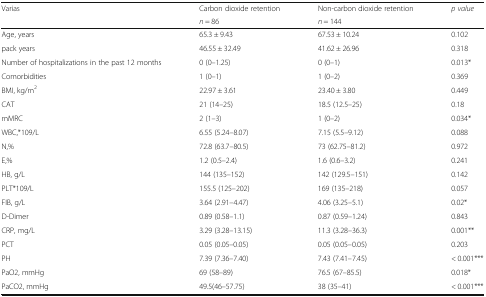
<table><thead><tr><td rowspan="2"><b>Varias</b></td><td><b>Carbon dioxide retention</b></td><td><b>Non-carbon dioxide retention</b></td><td rowspan="2"><b><i>p value</i></b></td></tr><tr><td><b><i>n</i> = 86</b></td><td><b><i>n</i> = 144</b></td></tr></thead><tbody><tr><td>Age, years</td><td>65.3 ± 9.43</td><td>67.53 ± 10.24</td><td>0.102</td></tr><tr><td>pack years</td><td>46.55 ± 32.49</td><td>41.62 ± 26.96</td><td>0.318</td></tr><tr><td>Number of hospitalizations in the past 12 months</td><td>0 (0–1.25)</td><td>0 (0–1)</td><td>0.013*</td></tr><tr><td>Comorbidities</td><td>1 (0–1)</td><td>1 (0–2)</td><td>0.369</td></tr><tr><td>BMI, kg/m<sup>2</sup></td><td>22.97 ± 3.61</td><td>23.40 ± 3.80</td><td>0.449</td></tr><tr><td>CAT</td><td>21 (14–25)</td><td>18.5 (12.5–25)</td><td>0.18</td></tr><tr><td>mMRC</td><td>2 (1–3)</td><td>1 (0–2)</td><td>0.034*</td></tr><tr><td>WBC,*109/L</td><td>6.55 (5.24–8.07)</td><td>7.15 (5.5–9.12)</td><td>0.088</td></tr><tr><td>N,%</td><td>72.8 (63.7–80.5)</td><td>73 (62.75–81.2)</td><td>0.972</td></tr><tr><td>E,%</td><td>1.2 (0.5–2.4)</td><td>1.6 (0.6–3.2)</td><td>0.241</td></tr><tr><td>HB, g/L</td><td>144 (135–152)</td><td>142 (129.5–151)</td><td>0.142</td></tr><tr><td>PLT*109/L</td><td>155.5 (125–202)</td><td>169 (135–218)</td><td>0.057</td></tr><tr><td>FIB, g/L</td><td>3.64 (2.91–4.47)</td><td>4.06 (3.25–5.1)</td><td>0.02*</td></tr><tr><td>D-Dimer</td><td>0.89 (0.58–1.1)</td><td>0.87 (0.59–1.24)</td><td>0.843</td></tr><tr><td>CRP, mg/L</td><td>3.29 (3.28–13.15)</td><td>11.3 (3.28–36.3)</td><td>0.001**</td></tr><tr><td>PCT</td><td>0.05 (0.05–0.05)</td><td>0.05 (0.05–0.05)</td><td>0.203</td></tr><tr><td>PH</td><td>7.39 (7.36–7.40)</td><td>7.43 (7.41–7.45)</td><td>&lt; 0.001***</td></tr><tr><td>PaO2, mmHg</td><td>69 (58–89)</td><td>76.5 (67–85.5)</td><td>0.018*</td></tr><tr><td>PaCO2, mmHg</td><td>49.5(46–57.75)</td><td>38 (35–41)</td><td>&lt; 0.001***</td></tr></tbody></table>